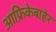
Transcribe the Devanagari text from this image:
आफ्रिकेबाहेर